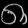
Digit: ၈